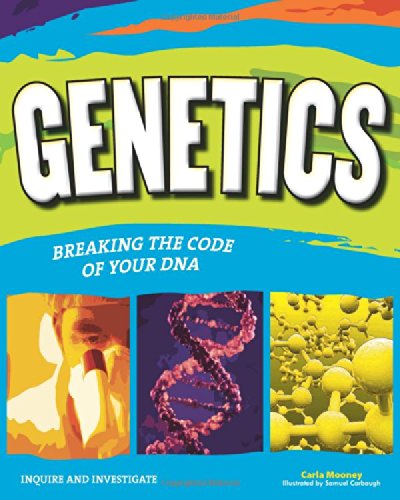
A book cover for GENETICS: BREAKING THE CODE OF YOUR DNA (Inquire and Investigate); Carla Mooney; Children's Books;